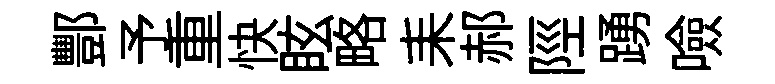
酆予重快眩略耒郝陘踴噞